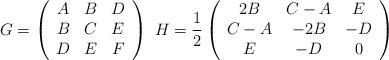
\begin{align*}G = \left( {\begin{array}{*{20}c} A & B & D \\ B & C & E \\ D & E & F \\ \end{array} } \right)\,\,{}H = \frac{1}{2}\left( {\begin{array}{*{20}c} {2B} & {C - A} & E \\ {C - A} & { - 2B} & { - D} \\ E & { - D} & 0 \\ \end{array} } \right)\end{align*}